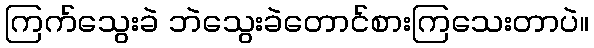
ကြက်သွေးခဲ ဘဲသွေးခဲတောင်စားကြသေးတာပဲ။